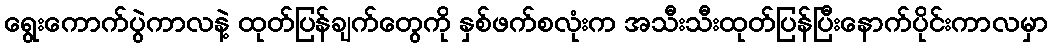
ရွေးကောက်ပွဲကာလနဲ့ ထုတ်ပြန်ချက်တွေကို နှစ်ဖက်စလုံးက အသီးသီးထုတ်ပြန်ပြီးနောက်ပိုင်းကာလမှာ